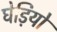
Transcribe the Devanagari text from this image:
घेड़ियों